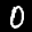
Digit: 0